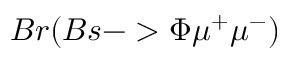
B r ( B s - > \Phi \mu ^ { + } \mu ^ { - } )